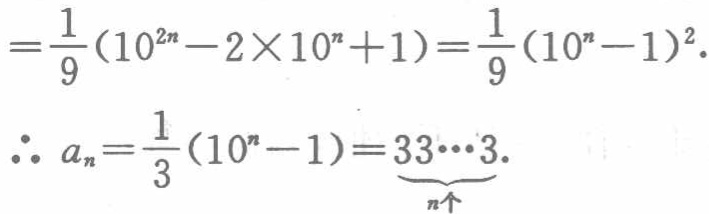
\[
=\frac{1}{9}(10^{2n}-2\times 10^{n}+1)=\frac{1}{9}(10^{n}-1)^{2}.
\]
\[
\therefore a_{n}=\frac{1}{3}(10^{n}-1)=\underbrace{33\cdots3}_{n个}.
\]